Report on lock hospitals in British Burma
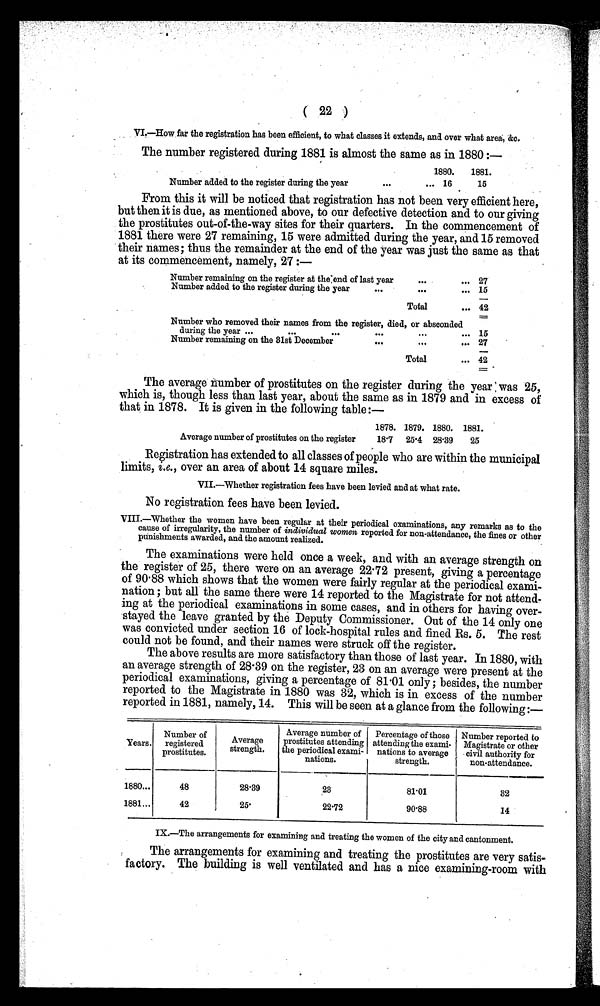
( 22 )
VI.—How far the registration has been efficient. to what classes it extends, and over what area. &c.
The number register during 1881 is almost the same as in 1880 :—
1880.
1881.
Number added to the register during the year
... 16
15
From this it will be noticed that registration has not been very efficient here,
but then it is due, as mentioned above, to our defective detection and to our giving
the prostitutes out-of-the-way sites for their quarters. In the commencement of
1881 there were 27 remaining, 15 were admitted during the year, and 15 removed
their names; thus the remainder at the end of the year was just the same as that
at its commencement, namely, 27 :—
Number remaining on the register at the end of last year
. . .
... 27
Number added to the register during the year
...
. . .
... 15
Total
... 42
Number who removed their names from the register, died, or absconded
during the year ...
...
...
...
...
... 15
Number remaining on the 31st December
. . .
. . .
. . . 27
Total
... 42
The average number of prostitutes on the register during the year was 25,
which is, though less than last year, about the same as in 1879 and in excess of
that in 1878. It is given in the following table :—
Average number of prostitutes on the register
1878. 1879. 1880. 1881.
18.7
25.4 28.39
25
Registration has extended to all classes of people who are within the municipal
limits, i.e., over an area of about 14 square miles.
VII.—Whether registration fees have been levied and at what rate.
No registration fees have been levied.
VIII.—Whether the women have been regular at their periodical examinations, any remarks as to the
cause of irregularity, the number of individual women reported for non-attendance, the fines or other
punishments awarded, and the amount realized.
The examinations were held once a week, and with an average strength on
the register of 25, there were on an average 22.72 present, giving a percentage
of 90. 88 which shows that the women were fairly regular at the periodical exami-
nation ; but all the same there were 14 reported to the Magistrate for not attend-
ing at the periodical examinations in some cases, and in others for having over-
stayed the leave granted by the Deputy Commissioner. Out of the 14 only one
was convicted under section 16 of lock-hospital rules and fined Rs. 5. The rest
could not be found, and their names were struck off the register.
The above results are more satisfactory than those of last year. In 1880, with
an average strength of 28.39 on the register, 23 on an average were present at the
periodical examinations, giving a percentage of 81 .01 only ; besides, the number
reported to the Magistrate in 1880 was 32, which is in excess of the number
reported in 1881, namely, 14. This will be seen at a glance from the following:—
Years.
Number of
registered
prostitutes .
Average
strength.
Average number of
prostitutes attending
the periodical exami-
nations.
Percentage of those
attending the exami-
nations to average
strength.
Number reported to
Magistrate or other
civil authority for
non-attendance.
1880...
48
28.39
23
81.01
32
1881...
42
2 5 .
22.72
90.88
14
IX.—The arrangements for examining and treating the women of the city and cantonment.
The arrangements for examining and treating the prostitutes are very satis
-
factory. The building is well ventilated and has a nice examining-room with